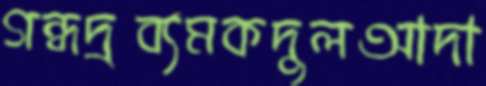
গন্ধদ্রব্যমকদুলআদা